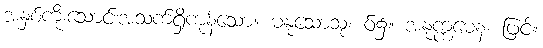
အနှစ်ကိုးသောင်းအသက်ရှိကုန်သော။ မနုသောသု၊ ဝ်၌။ အနုက္ကမေန၊ ဖြင့်။